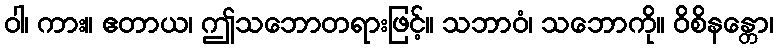
ဝါ၊ ကား။ ဧတာယ၊ ဤသဘောတရားဖြင့်။ သဘာဝံ၊ သဘောကို။ ဝိစိနန္တော၊